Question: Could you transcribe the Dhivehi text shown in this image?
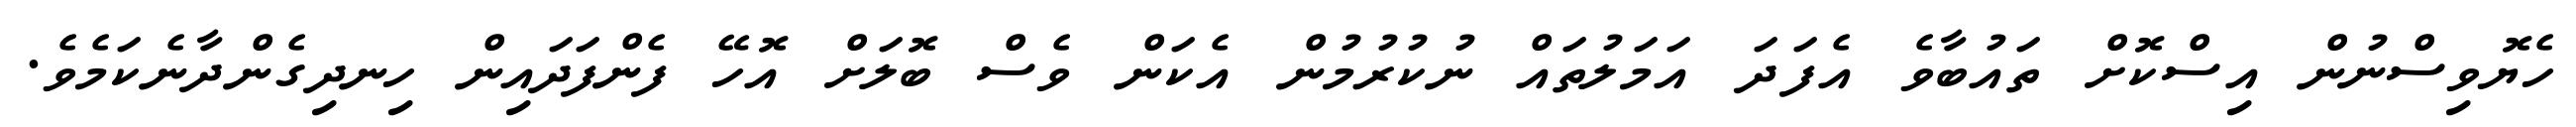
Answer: ހެޔޮވިސްނުން އިސްކޮށް ތައުބާވެ އެފަދަ އަމަލުތައް ނުކުރުމުން އެކަން ވެސް ބޮލަށް އޮހޭ ފެންފަދައިން ހިނދިގެންދާނެކަމެވެ.